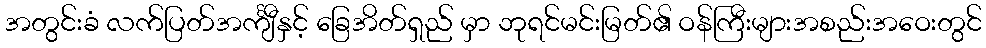
အတွင်းခံ လက်ပြတ်အင်္ကျီနှင့် ခြေအိတ်ရှည် မှာ ဘုရင်မင်းမြတ်၏ ဝန်ကြီးများအစည်းအဝေးတွင်